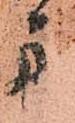
舟